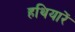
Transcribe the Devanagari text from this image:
हथियारें